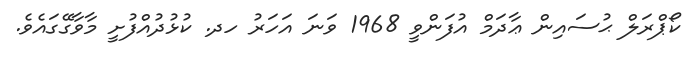
ކޯޕްރަލް ޙުސައިން ޢާދަމް އުފަންވީ 1968 ވަނަ އަހަރު ހދ. ކުޅުދުއްފުށީ މާވާގޭގައެވެ.